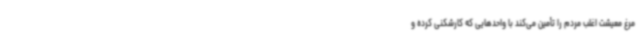
مرغ معیشت اغلب مردم را تأمین می‌کند با واحدهایی که کارشکنی کرده و